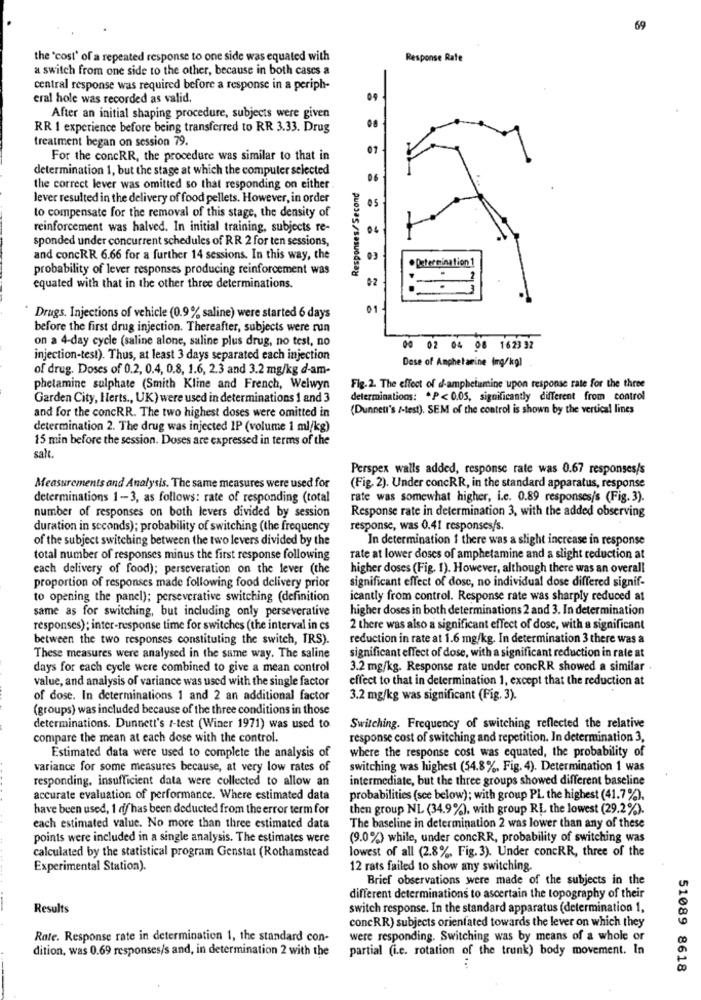
69
the 'cost' of a repeated response to one side was equated with
Response Rate
a switch from one side to the other, because in both cases a
central response was required before a response in a periph-
eral hole was recorded as valid.
09
After an initial shaping procedure, subjects were given
RR 1 experience before being transferred to RR 3.33. Drug
treatment began on session 79.
07
For the concRR, the procedure was similar to that in
determination 1, but the stage at which the computer selected
Responses/Second
06
the correct lever was omitted so that responding on either
Jever resulted in the delivery of food pellets. However, in order
to compensate for the removal of this stage, the density of
05
reinforcement was halved. In initial training, subjects re-
04
sponded under concurrent schedules of RR 2 for ten sessions,
and concRR 6.66 for a further 14 sessions. In this way, the
probability of lever responses producing reinforcement was
Determination 1
equated with that in the other three determinations.
02
01
Drugs. Injections of vehicle (0.9% saline) were started 6 days
before the first drug injection. Thereafter, subjects were run
on a 4-day cycle (saline alone, saline plus drug, no test, no
00 02 04 08 1623 32
injection-test). Thus, at least 3 days separated each injection
of drug. Doses of 0.2, 0.4, 0.8, 1.6, 2.3 and 3.2 mg/kg d-am-
Dese of Amphetamine (mg/kg)
phetamine sulphate (Smith Kline and French, Welwyn
Fig. 2. The effect of d-amphetamine upon response rate for the three
Garden City, Herts ., UK) were used in determinations 1 and 3
determinations: * P< 0.05, significantly different from control
and for the concRR. The two highest doses were omitted in
(Dunneu's /-test). SEM of the control is shown by the vertical lines
determination 2. The drug was injected IP (volume 1 ml/kg)
15 min before the session. Doses are expressed in terms of the
salt
Perspex walls added, response rate was 0.67 responses/s
Measurements and Analysis. The same measures were used for
(Fig. 2). Under concRR, in the standard apparatus, response
determinations 1-3, as follows: rate of responding (total
rate was somewhat higher, i.c. 0.89 responses/s (Fig. 3).
number of responses on both levers divided by session
Response rate in determination 3, with the added observing
duration in seconds); probability of switching (the frequency
response, was 0.41 responses/s.
of the subject switching between the two levers divided by the
In determination 1 there was a slight increase in response
total number of responses minus the first response following
rate at lower doses of amphetamine and a slight reduction at
each delivery of food); perseveration on the lever (the
higher doses (Fig. 1). However, although there was an overall
significant effect of dosc, no individual dose differed signif-
proportion of responses made following food delivery prior
to opening the panel); perseverative switching (definition
icantly from control. Response rate was sharply reduced at
same as for switching, but including only perseverative
higher doses in both determinations 2 and 3. In determination
responses); inter-response time for switches (the interval in cs
2 there was also a significant effect of dose, with a significant
between the two responses constituting the switch, IRS).
reduction in rate at 1.6 mg/kg. In determination 3 there was a
These measures were analysed in the same way. The saline
significant effect of dose, with a significant reduction in rate at
days for each cycle were combined to give a mean control
3.2 mg/kg. Response rate under concRR showed a similar .
value, and analysis of variance was used with the single factor
effect to that in determination 1, except that the reduction at
of dose. In determinations 1 and 2 an additional factor
3.2 mg/kg was significant (Fig. 3).
(groups) was included because of the three conditions in those
Switching. Frequency of switching reflected the relative
determinations. Dunnett's I-test (Winer 1971) was used to
compare the mean at each dose with the control.
response cost of switching and repetition. In determination 3,
where the response cost was equated, the probability of
Estimated data were used to complete the analysis of
variance for some measures because, at very low rates of
switching was highest (54.8%, Fig. 4). Determination 1 was
responding. insufficient data were collected to allow an
intermediate, but the three groups showed different baseline
accurate evaluation of performance. Where estimated data
probabilities (sce below); with group PL the highest (41.7%).
have been used, 1 of has been deducted from the error term for
then group NL (34.9%), with group RL the lowest (29.2%).
each estimated value. No more than three estimated data
The baseline in determination 2 was lower than any of these
points were included in a single analysis. The estimates were
(9.0%) while, under concRR, probability of switching was
lowest of all (2.8%. Fig. 3). Under concRR, three of the
calculated by the statistical program Genstat (Rothamstead
Experimental Station).
12 rats failed to show any switching.
Brief observations were made of the subjects in the
different determinations to ascertain the topography of their
Results
switch response. In the standard apparatus (determination 1,
concRR) subjects orientated towards the lever on which they
Rate. Response rate in determination 1, the standard con-
were responding. Switching was by means of a whole or
dition, was 0.69 responses/s and, in determination 2 with the
partial (i.c. rotation of the trunk) body movement. In
51089 8618